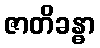
ဇာတိခန္ဓာ